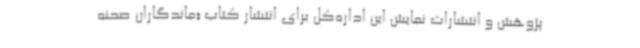
پژوهش و انتشارات نمایش این اداره‌کل برای انتشار کتاب «ماندگاران صحنه